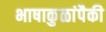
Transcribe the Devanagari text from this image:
भाषाकुळांपैकी